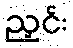
ညှင်း